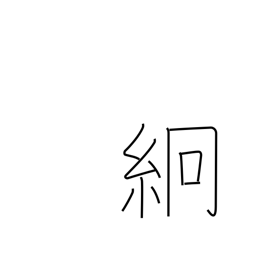
Meaning: thin silk